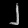
Digit: ၂